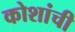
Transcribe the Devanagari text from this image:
कोशांची